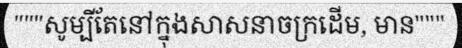
"""សូម្បីតែនៅក្នុងសាសនាចក្រដើម, មាន"""